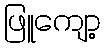
ဖြူကျော့